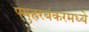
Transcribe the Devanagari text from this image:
फ्युह्ररबंकरमध्ये